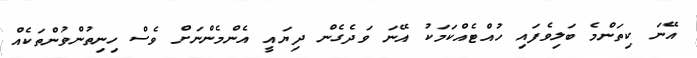
އޭނަ ކިތަންމެ ބަލިވެފައި ހުއްޓެއްކަމަކު އޭނަ ވަދެގެން ދިޔައީ އެންމެންނަށް ވެސް ހިނިތުންވުންތަކެއް